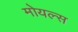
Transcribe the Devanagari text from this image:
मोयल्स